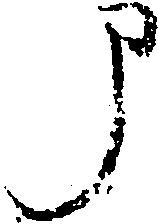
申